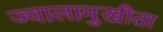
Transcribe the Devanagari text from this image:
ज्वालामुखीता